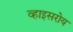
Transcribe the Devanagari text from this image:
व्हाइसरोय